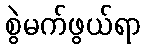
စွဲမက်ဖွယ်ရာ